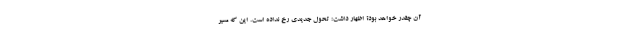
آن چقدر خواهد بود؟ اظهار داشت: تحول جدیدی رخ نداده است. این که مسیر